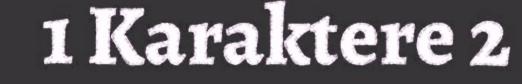
1 Karaktere 2